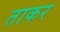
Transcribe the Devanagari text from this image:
ताकर